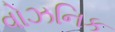
વોઝનિક